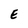
Character: E